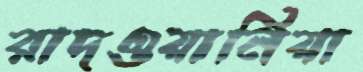
রাদওয়ানিয়া